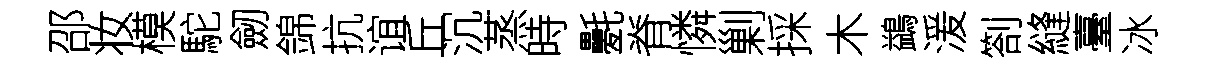
邵妆模駝劒錦抗谊丘沉蒸時氎脊憐剿採木鷁湲劄縫臺冰